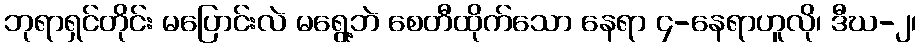
ဘုရာရှင်တိုင်း မပြောင်းလဲ မရွေ့ဘဲ စေတီထိုက်သော နေရာ ၄-နေရာဟူလို၊ ဒီဃ-၂၊